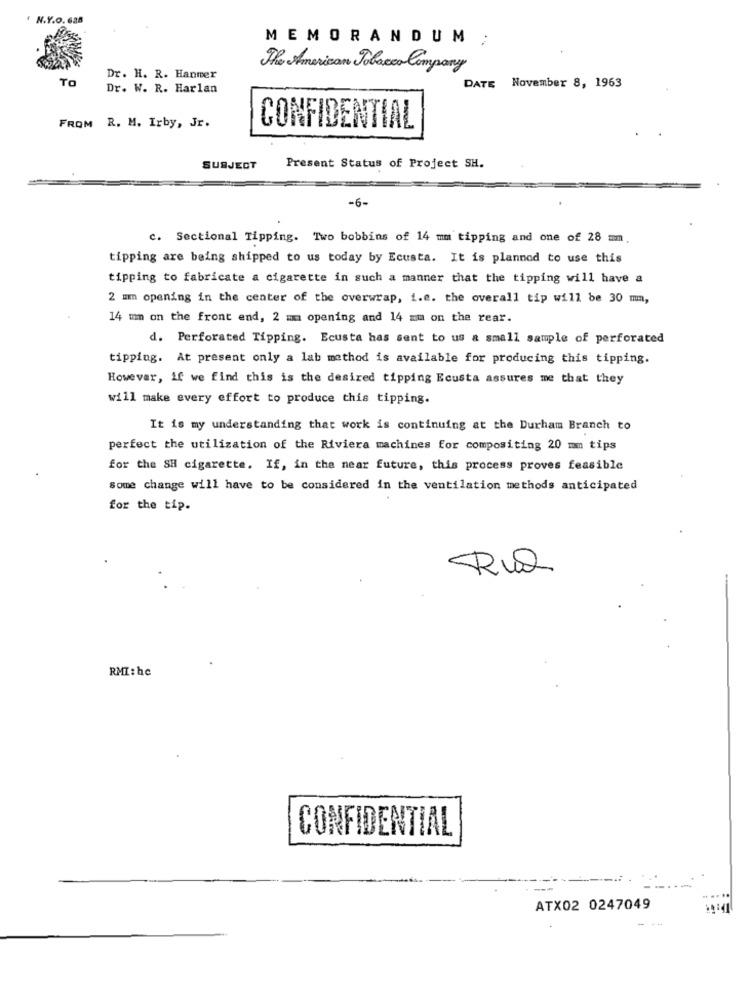
N.Y.O. 628
MEMORANDUM
The American Tobacco Company
TO
Dr. H. R. Hanmer
Dr. W. R. Harlan
DATE November 8, 1963
FROM R. M. Irby, Jr.
CONFIDENTIAL
SUBJECT
Present Status of Project SH.
-6-
c. Sectional Tipping. Two bobbins of 14 mm tipping and one of 28 mm.
tipping are being shipped to us today by Ecusta. It is planned to use this
tipping to fabricate a cigarette in such a manner that the tipping will have a
2 mm opening in the center of the overwrap, i.e. the overall tip will be 30 mm,
14 mm on the front end, 2 mm opening and 14 mm on the rear.
d. Perforated Tipping. Ecusta has sent to us a small sample of perforated
tipping. At present only a lab method is available for producing this tipping.
However, if we find this is the desired tipping Ecusta assures me that they
will make every effort to produce this tipping.
It is my understanding that work is continuing at the Durham Branch to
perfect the utilization of the Riviera machines for compositing 20 mm tips
for the SH cigarette. If, in the near future, this process proves feasible
some change will have to be considered in the ventilation methods anticipated
for the tip.
Rua
RMI: hc
CONFIDENTIAL
ATX02 0247049